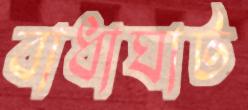
বাধাঘাট